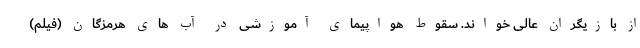
از بازیگران عالی خواند. سقوط هواپیمای آموزشی در آب های هرمزگان (فیلم)